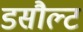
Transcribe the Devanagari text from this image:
डसौल्ट